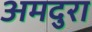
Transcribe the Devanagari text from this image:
अमदुरा